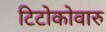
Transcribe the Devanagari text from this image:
टिटोकोवारु